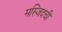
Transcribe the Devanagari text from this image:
मस्जिदची